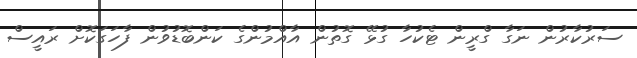
ސަރުކާރުން ނަގާ ގްރީން ޓެކުހާ ގުޅޭ ގޮތުން އާއްމުންގެ ކަންބޮޑުވުން ފާހަގަކޮށް ރައީސް